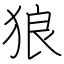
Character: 狼